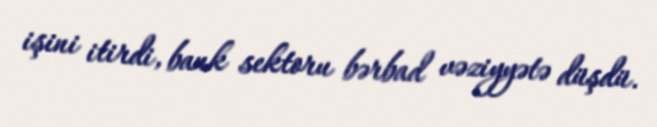
işini itirdi, bank sektoru bərbad vəziyyətə düşdü.